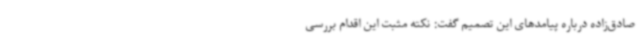
صادق‌زاده درباره پیامدهای این تصمیم گفت: نکته مثبت این اقدام بررسی